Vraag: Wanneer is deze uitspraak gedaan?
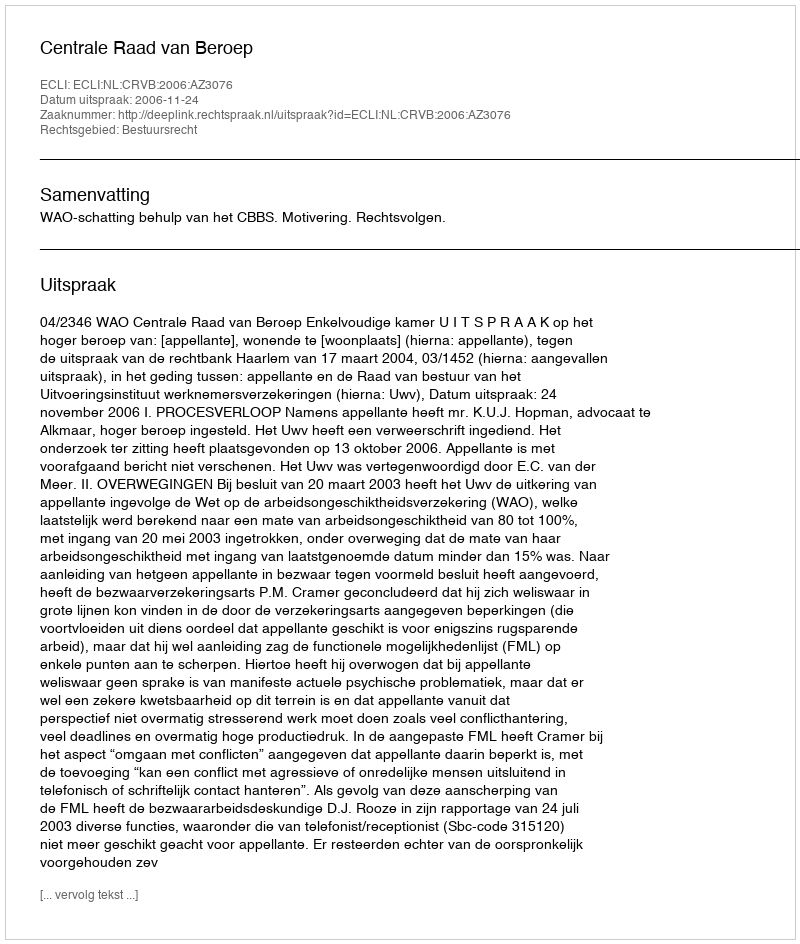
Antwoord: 2006-11-24